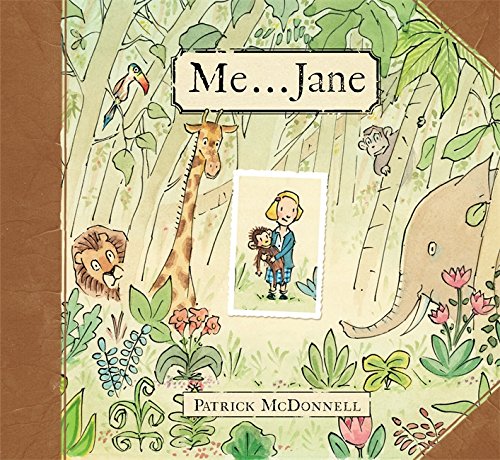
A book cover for Me . . . Jane; Patrick McDonnell; Children's Books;